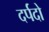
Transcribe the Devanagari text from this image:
दर्पदो